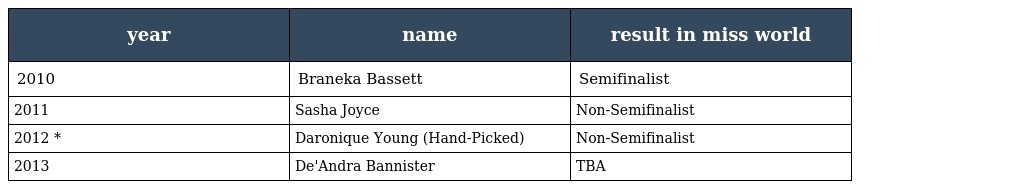
| year | name | result in miss world |
 | --- | --- | --- |
 | 2010 | Braneka Bassett | Semifinalist |
 | 2011 | Sasha Joyce | Non-Semifinalist |
 | 2012 * | Daronique Young (Hand-Picked) | Non-Semifinalist |
 | 2013 | De'Andra Bannister | TBA |